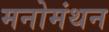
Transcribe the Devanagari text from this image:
मनोमंथन